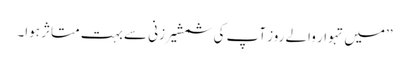
’’میں تہوار والے روز آپ کی شمشیر زنی سے بہت متاثر ہوا۔